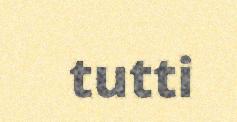
tutti